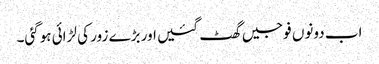
اب دونوں فوجیں گھٹ گئیں اور بڑے زور کی لڑائی ہوگئی۔